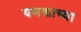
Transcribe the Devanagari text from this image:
यमकाच्या